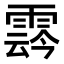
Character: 𩃬